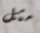
مثل